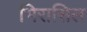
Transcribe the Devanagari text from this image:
भिरासिल